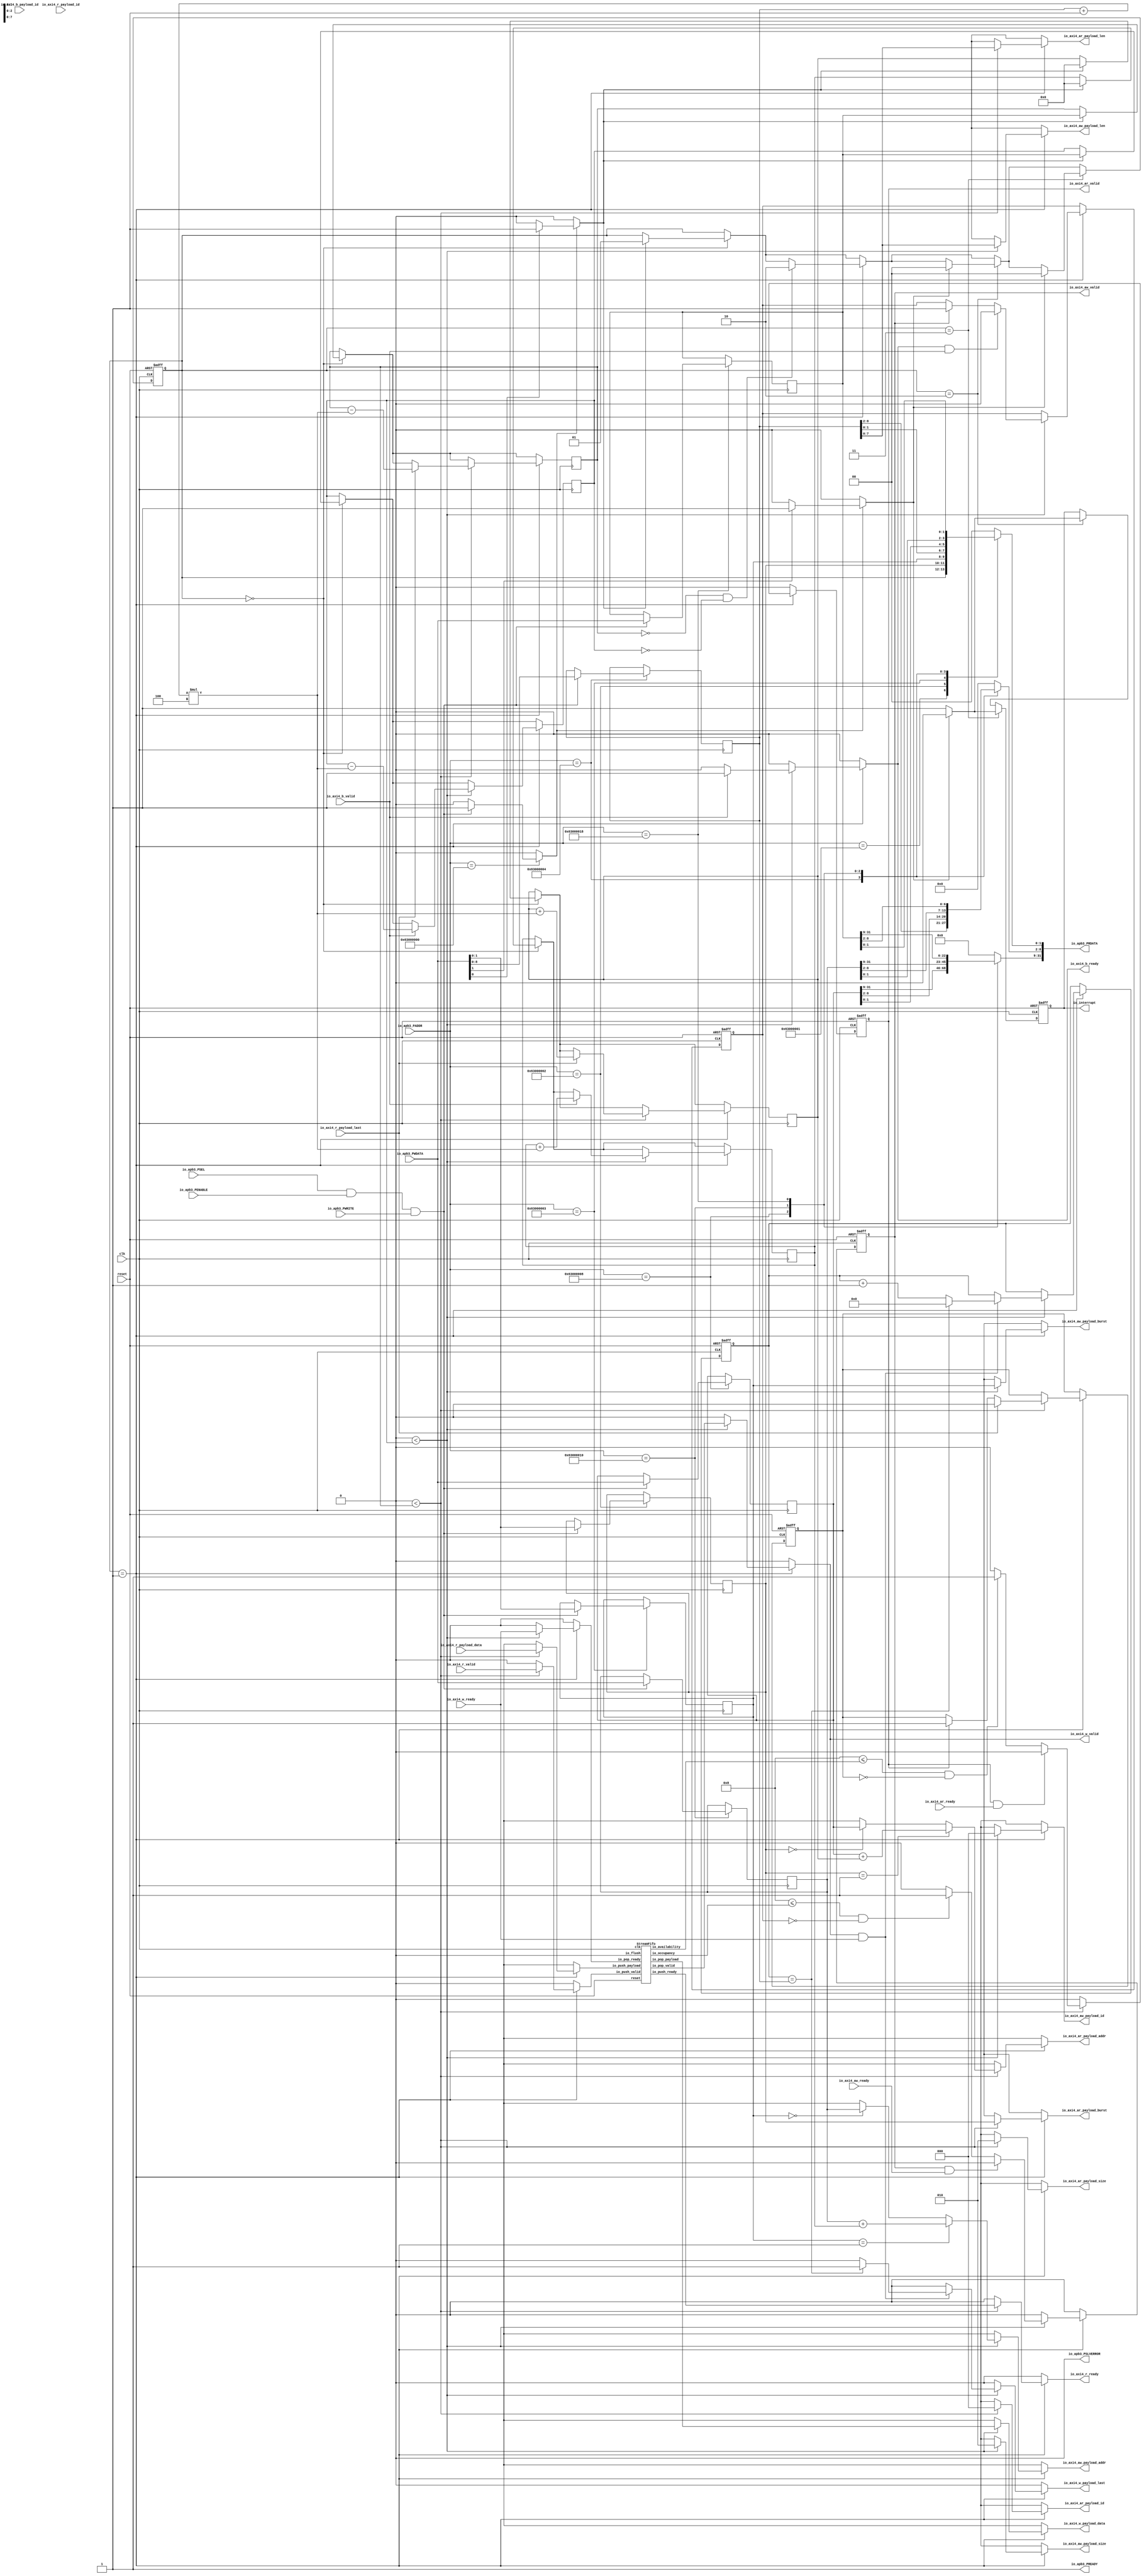
// Generator : SpinalHDL v1.8.1    git head : 2a7592004363e5b40ec43e1f122ed8641cd8965b
// Component : DMA
// Git hash  : e464644612dc5dae2cbb39e43c20b722a99d9827

`timescale 1ns/1ps

module DMA (
  input      [30:0]   io_apb3_PADDR,
  input      [0:0]    io_apb3_PSEL,
  input               io_apb3_PENABLE,
  output              io_apb3_PREADY,
  input               io_apb3_PWRITE,
  input      [31:0]   io_apb3_PWDATA,
  output reg [31:0]   io_apb3_PRDATA,
  output              io_apb3_PSLVERROR,
  output reg          io_axi4_aw_valid,
  input               io_axi4_aw_ready,
  output reg [31:0]   io_axi4_aw_payload_addr,
  output reg [2:0]    io_axi4_aw_payload_id,
  output reg [7:0]    io_axi4_aw_payload_len,
  output reg [2:0]    io_axi4_aw_payload_size,
  output reg [1:0]    io_axi4_aw_payload_burst,
  output reg          io_axi4_w_valid,
  input               io_axi4_w_ready,
  output reg [31:0]   io_axi4_w_payload_data,
  output reg          io_axi4_w_payload_last,
  input               io_axi4_b_valid,
  output reg          io_axi4_b_ready,
  input      [2:0]    io_axi4_b_payload_id,
  output reg          io_axi4_ar_valid,
  input               io_axi4_ar_ready,
  output reg [31:0]   io_axi4_ar_payload_addr,
  output reg [2:0]    io_axi4_ar_payload_id,
  output reg [7:0]    io_axi4_ar_payload_len,
  output reg [2:0]    io_axi4_ar_payload_size,
  output reg [1:0]    io_axi4_ar_payload_burst,
  input               io_axi4_r_valid,
  output reg          io_axi4_r_ready,
  input      [31:0]   io_axi4_r_payload_data,
  input      [2:0]    io_axi4_r_payload_id,
  input               io_axi4_r_payload_last,
  output              io_interrupt,
  input               clk,
  input               reset
);

  reg                 fifo_io_push_valid;
  reg        [31:0]   fifo_io_push_payload;
  reg                 fifo_io_pop_ready;
  wire                fifo_io_push_ready;
  wire                fifo_io_pop_valid;
  wire       [31:0]   fifo_io_pop_payload;
  wire       [6:0]    fifo_io_occupancy;
  wire       [6:0]    fifo_io_availability;
  wire       [31:0]   _zz_reading;
  wire       [11:0]   _zz_reading_1;
  wire       [8:0]    _zz_reading_2;
  wire       [31:0]   _zz_readed;
  wire       [11:0]   _zz_readed_1;
  wire       [8:0]    _zz_readed_2;
  wire       [8:0]    _zz_when_DMA_l143;
  wire       [31:0]   _zz_writing;
  wire       [11:0]   _zz_writing_1;
  wire       [8:0]    _zz_writing_2;
  wire       [31:0]   _zz_writed;
  wire       [11:0]   _zz_writed_1;
  wire       [8:0]    _zz_writed_2;
  wire       [0:0]    _zz_start;
  wire       [0:0]    _zz_clear;
  wire                ctrl_readErrorFlag;
  wire                ctrl_writeErrorFlag;
  wire                ctrl_askWrite;
  wire                ctrl_askRead;
  wire                ctrl_doWrite;
  wire                ctrl_doRead;
  reg        [1:0]    channelState;
  reg                 start;
  reg                 clear;
  reg        [31:0]   source;
  reg        [31:0]   target;
  reg        [31:0]   length;
  reg        [8:0]    len;
  reg        [1:0]    readBurst;
  reg                 readValid;
  reg        [31:0]   reading;
  reg        [31:0]   readed;
  reg        [1:0]    writeBurst;
  reg                 writeValid;
  reg        [31:0]   writing;
  reg        [31:0]   writed;
  reg        [7:0]    counter;
  reg                 interrupt;
  wire                when_DMA_l87;
  wire                when_DMA_l97;
  wire                when_DMA_l99;
  wire                when_DMA_l101;
  wire                when_DMA_l101_1;
  wire                when_DMA_l102;
  wire                when_DMA_l105;
  wire                when_DMA_l123;
  wire                when_DMA_l124;
  wire                when_DMA_l125;
  wire                when_DMA_l125_1;
  wire                when_DMA_l126;
  wire                when_DMA_l129;
  wire                when_DMA_l141;
  wire                when_DMA_l143;
  wire                when_DMA_l157;
  wire                when_DMA_l162;
  wire                when_DMA_l170;
  reg                 when_BusSlaveFactory_l377;
  wire                when_BusSlaveFactory_l379;
  reg                 when_BusSlaveFactory_l377_1;
  wire                when_BusSlaveFactory_l379_1;

  assign _zz_reading_1 = (_zz_reading_2 * 3'b100);
  assign _zz_reading = {20'd0, _zz_reading_1};
  assign _zz_reading_2 = (len + 9'h001);
  assign _zz_readed_1 = (_zz_readed_2 * 3'b100);
  assign _zz_readed = {20'd0, _zz_readed_1};
  assign _zz_readed_2 = (len + 9'h001);
  assign _zz_when_DMA_l143 = {1'd0, counter};
  assign _zz_writing_1 = (_zz_writing_2 * 3'b100);
  assign _zz_writing = {20'd0, _zz_writing_1};
  assign _zz_writing_2 = (len + 9'h001);
  assign _zz_writed_1 = (_zz_writed_2 * 3'b100);
  assign _zz_writed = {20'd0, _zz_writed_1};
  assign _zz_writed_2 = (len + 9'h001);
  assign _zz_start = 1'b1;
  assign _zz_clear = 1'b1;
  StreamFifo fifo (
    .io_push_valid   (fifo_io_push_valid        ), //i
    .io_push_ready   (fifo_io_push_ready        ), //o
    .io_push_payload (fifo_io_push_payload[31:0]), //i
    .io_pop_valid    (fifo_io_pop_valid         ), //o
    .io_pop_ready    (fifo_io_pop_ready         ), //i
    .io_pop_payload  (fifo_io_pop_payload[31:0] ), //o
    .io_flush        (1'b0                      ), //i
    .io_occupancy    (fifo_io_occupancy[6:0]    ), //o
    .io_availability (fifo_io_availability[6:0] ), //o
    .clk             (clk                       ), //i
    .reset           (reset                     )  //i
  );
  always @(*) begin
    io_axi4_aw_payload_addr = 32'bxxxxxxxxxxxxxxxxxxxxxxxxxxxxxxxx;
    if(when_DMA_l97) begin
      if(when_DMA_l123) begin
        if(when_DMA_l126) begin
          io_axi4_aw_payload_addr = target;
        end
        if(when_DMA_l129) begin
          io_axi4_aw_payload_addr = (target + writed);
        end
      end
    end
  end

  always @(*) begin
    io_axi4_aw_payload_id = 3'bxxx;
    if(when_DMA_l97) begin
      if(when_DMA_l123) begin
        io_axi4_aw_payload_id = 3'b000;
      end
    end
  end

  always @(*) begin
    io_axi4_aw_payload_len = 8'bxxxxxxxx;
    if(when_DMA_l97) begin
      if(when_DMA_l123) begin
        io_axi4_aw_payload_len = len[7 : 0];
      end
    end
  end

  always @(*) begin
    io_axi4_aw_payload_size = 3'bxxx;
    if(when_DMA_l97) begin
      if(when_DMA_l123) begin
        io_axi4_aw_payload_size = 3'b010;
      end
    end
  end

  always @(*) begin
    io_axi4_aw_payload_burst = 2'bxx;
    if(when_DMA_l97) begin
      if(when_DMA_l123) begin
        io_axi4_aw_payload_burst = writeBurst;
      end
    end
  end

  always @(*) begin
    io_axi4_w_valid = 1'b0;
    if(when_DMA_l97) begin
      if(when_DMA_l123) begin
        io_axi4_w_valid = fifo_io_pop_valid;
      end
    end
  end

  always @(*) begin
    io_axi4_w_payload_data = 32'bxxxxxxxxxxxxxxxxxxxxxxxxxxxxxxxx;
    if(when_DMA_l97) begin
      if(when_DMA_l123) begin
        io_axi4_w_payload_data = fifo_io_pop_payload;
      end
    end
  end

  always @(*) begin
    io_axi4_w_payload_last = 1'bx;
    io_axi4_w_payload_last = 1'b0;
    if(when_DMA_l97) begin
      if(when_DMA_l123) begin
        if(when_DMA_l141) begin
          if(when_DMA_l143) begin
            io_axi4_w_payload_last = 1'b1;
          end
        end
      end
    end
  end

  always @(*) begin
    io_axi4_b_ready = 1'b0;
    if(when_DMA_l97) begin
      if(when_DMA_l123) begin
        if(io_axi4_b_valid) begin
          io_axi4_b_ready = 1'b1;
        end
      end
    end
  end

  always @(*) begin
    io_axi4_ar_payload_addr = 32'bxxxxxxxxxxxxxxxxxxxxxxxxxxxxxxxx;
    if(when_DMA_l97) begin
      if(when_DMA_l99) begin
        if(when_DMA_l102) begin
          io_axi4_ar_payload_addr = source;
        end
        if(when_DMA_l105) begin
          io_axi4_ar_payload_addr = (source + readed);
        end
      end
    end
  end

  always @(*) begin
    io_axi4_ar_payload_id = 3'bxxx;
    if(when_DMA_l97) begin
      if(when_DMA_l99) begin
        io_axi4_ar_payload_id = 3'b000;
      end
    end
  end

  always @(*) begin
    io_axi4_ar_payload_len = 8'bxxxxxxxx;
    if(when_DMA_l97) begin
      if(when_DMA_l99) begin
        io_axi4_ar_payload_len = len[7 : 0];
      end
    end
  end

  always @(*) begin
    io_axi4_ar_payload_size = 3'bxxx;
    if(when_DMA_l97) begin
      if(when_DMA_l99) begin
        io_axi4_ar_payload_size = 3'b010;
      end
    end
  end

  always @(*) begin
    io_axi4_ar_payload_burst = 2'bxx;
    if(when_DMA_l97) begin
      if(when_DMA_l99) begin
        io_axi4_ar_payload_burst = readBurst;
      end
    end
  end

  always @(*) begin
    io_axi4_r_ready = 1'b0;
    if(when_DMA_l97) begin
      if(when_DMA_l99) begin
        io_axi4_r_ready = fifo_io_push_ready;
      end
    end
  end

  assign ctrl_readErrorFlag = 1'b0;
  assign ctrl_writeErrorFlag = 1'b0;
  assign io_apb3_PREADY = 1'b1;
  always @(*) begin
    io_apb3_PRDATA = 32'h0;
    case(io_apb3_PADDR)
      31'h63000001 : begin
        io_apb3_PRDATA[1 : 0] = channelState;
      end
      31'h63000002 : begin
        io_apb3_PRDATA[1 : 0] = readBurst;
      end
      31'h63000003 : begin
        io_apb3_PRDATA[1 : 0] = writeBurst;
      end
      31'h63000004 : begin
        io_apb3_PRDATA[8 : 0] = len;
      end
      31'h63000008 : begin
        io_apb3_PRDATA[31 : 0] = source;
      end
      31'h63000010 : begin
        io_apb3_PRDATA[31 : 0] = target;
      end
      31'h63000018 : begin
        io_apb3_PRDATA[31 : 0] = length;
      end
      default : begin
      end
    endcase
  end

  assign ctrl_askWrite = ((io_apb3_PSEL[0] && io_apb3_PENABLE) && io_apb3_PWRITE);
  assign ctrl_askRead = ((io_apb3_PSEL[0] && io_apb3_PENABLE) && (! io_apb3_PWRITE));
  assign ctrl_doWrite = (((io_apb3_PSEL[0] && io_apb3_PENABLE) && io_apb3_PREADY) && io_apb3_PWRITE);
  assign ctrl_doRead = (((io_apb3_PSEL[0] && io_apb3_PENABLE) && io_apb3_PREADY) && (! io_apb3_PWRITE));
  assign io_apb3_PSLVERROR = ((ctrl_doWrite && ctrl_writeErrorFlag) || (ctrl_doRead && ctrl_readErrorFlag));
  always @(*) begin
    start = 1'b0;
    if(when_BusSlaveFactory_l377) begin
      if(when_BusSlaveFactory_l379) begin
        start = _zz_start[0];
      end
    end
  end

  always @(*) begin
    clear = 1'b0;
    if(when_BusSlaveFactory_l377_1) begin
      if(when_BusSlaveFactory_l379_1) begin
        clear = _zz_clear[0];
      end
    end
  end

  always @(*) begin
    fifo_io_push_valid = 1'b0;
    if(when_DMA_l97) begin
      if(when_DMA_l99) begin
        fifo_io_push_valid = io_axi4_r_valid;
      end
    end
  end

  always @(*) begin
    fifo_io_push_payload = 32'bxxxxxxxxxxxxxxxxxxxxxxxxxxxxxxxx;
    if(when_DMA_l97) begin
      if(when_DMA_l99) begin
        fifo_io_push_payload = io_axi4_r_payload_data;
      end
    end
  end

  always @(*) begin
    fifo_io_pop_ready = 1'b0;
    if(when_DMA_l97) begin
      if(when_DMA_l123) begin
        fifo_io_pop_ready = io_axi4_w_ready;
      end
    end
  end

  assign when_DMA_l87 = (channelState == 2'b00);
  assign when_DMA_l97 = (channelState == 2'b01);
  assign when_DMA_l99 = (32'h0 < reading);
  assign when_DMA_l101 = ((7'h08 <= fifo_io_availability) && (! readValid));
  assign when_DMA_l101_1 = (io_axi4_ar_valid && io_axi4_ar_ready);
  assign when_DMA_l102 = (readBurst == 2'b00);
  assign when_DMA_l105 = (readBurst == 2'b01);
  assign when_DMA_l123 = (32'h0 < writing);
  assign when_DMA_l124 = (io_axi4_b_ready && io_axi4_b_valid);
  assign when_DMA_l125 = ((7'h08 <= fifo_io_occupancy) && (! writeValid));
  assign when_DMA_l125_1 = (io_axi4_aw_valid && io_axi4_aw_ready);
  assign when_DMA_l126 = (writeBurst == 2'b00);
  assign when_DMA_l129 = (writeBurst == 2'b01);
  assign when_DMA_l141 = (io_axi4_w_valid && io_axi4_w_ready);
  assign when_DMA_l143 = (_zz_when_DMA_l143 == len);
  assign when_DMA_l157 = ((reading == 32'h0) && (writing == 32'h0));
  assign when_DMA_l162 = (channelState == 2'b10);
  assign when_DMA_l170 = (channelState == 2'b11);
  assign io_interrupt = interrupt;
  always @(*) begin
    when_BusSlaveFactory_l377 = 1'b0;
    case(io_apb3_PADDR)
      31'h63000000 : begin
        if(ctrl_doWrite) begin
          when_BusSlaveFactory_l377 = 1'b1;
        end
      end
      default : begin
      end
    endcase
  end

  assign when_BusSlaveFactory_l379 = io_apb3_PWDATA[0];
  always @(*) begin
    when_BusSlaveFactory_l377_1 = 1'b0;
    case(io_apb3_PADDR)
      31'h63000000 : begin
        if(ctrl_doWrite) begin
          when_BusSlaveFactory_l377_1 = 1'b1;
        end
      end
      default : begin
      end
    endcase
  end

  assign when_BusSlaveFactory_l379_1 = io_apb3_PWDATA[1];
  always @(posedge clk or posedge reset) begin
    if(reset) begin
      io_axi4_ar_valid <= 1'b0;
      io_axi4_aw_valid <= 1'b0;
      channelState <= 2'b00;
      readValid <= 1'b0;
      writeValid <= 1'b0;
      counter <= 8'h0;
      interrupt <= 1'b0;
    end else begin
      io_axi4_aw_valid <= 1'b0;
      io_axi4_ar_valid <= 1'b0;
      if(when_DMA_l87) begin
        if(start) begin
          channelState <= 2'b01;
        end
      end
      if(when_DMA_l97) begin
        if(when_DMA_l99) begin
          if(io_axi4_ar_valid) begin
            readValid <= 1'b1;
          end
          if(io_axi4_r_payload_last) begin
            readValid <= 1'b0;
          end
          if(when_DMA_l101) begin
            io_axi4_ar_valid <= 1'b1;
          end
          if(when_DMA_l101_1) begin
            io_axi4_ar_valid <= 1'b0;
          end
        end
        if(when_DMA_l123) begin
          if(io_axi4_aw_valid) begin
            writeValid <= 1'b1;
          end
          if(when_DMA_l124) begin
            writeValid <= 1'b0;
          end
          if(when_DMA_l125) begin
            io_axi4_aw_valid <= 1'b1;
          end
          if(when_DMA_l125_1) begin
            io_axi4_aw_valid <= 1'b0;
          end
          if(when_DMA_l141) begin
            counter <= (counter + 8'h01);
            if(when_DMA_l143) begin
              counter <= 8'h0;
            end
          end
        end
        if(when_DMA_l157) begin
          channelState <= 2'b10;
        end
      end
      if(when_DMA_l162) begin
        interrupt <= 1'b1;
        if(clear) begin
          channelState <= 2'b00;
          interrupt <= 1'b0;
        end
      end
      if(when_DMA_l170) begin
        interrupt <= 1'b1;
        if(clear) begin
          channelState <= 2'b00;
          interrupt <= 1'b0;
        end
      end
    end
  end

  always @(posedge clk) begin
    if(when_DMA_l87) begin
      if(start) begin
        reading <= length;
        readed <= 32'h0;
        writing <= length;
        writed <= 32'h0;
      end
    end
    if(when_DMA_l97) begin
      if(when_DMA_l99) begin
        if(io_axi4_r_payload_last) begin
          reading <= (reading - _zz_reading);
          readed <= (readed + _zz_readed);
        end
      end
      if(when_DMA_l123) begin
        if(io_axi4_b_valid) begin
          writing <= (writing - _zz_writing);
          writed <= (writed + _zz_writed);
        end
      end
    end
    case(io_apb3_PADDR)
      31'h63000002 : begin
        if(ctrl_doWrite) begin
          readBurst <= io_apb3_PWDATA[1 : 0];
        end
      end
      31'h63000003 : begin
        if(ctrl_doWrite) begin
          writeBurst <= io_apb3_PWDATA[1 : 0];
        end
      end
      31'h63000004 : begin
        if(ctrl_doWrite) begin
          len <= io_apb3_PWDATA[8 : 0];
        end
      end
      31'h63000008 : begin
        if(ctrl_doWrite) begin
          source <= io_apb3_PWDATA[31 : 0];
        end
      end
      31'h63000010 : begin
        if(ctrl_doWrite) begin
          target <= io_apb3_PWDATA[31 : 0];
        end
      end
      31'h63000018 : begin
        if(ctrl_doWrite) begin
          length <= io_apb3_PWDATA[31 : 0];
        end
      end
      default : begin
      end
    endcase
  end


endmodule

module StreamFifo (
  input               io_push_valid,
  output              io_push_ready,
  input      [31:0]   io_push_payload,
  output              io_pop_valid,
  input               io_pop_ready,
  output     [31:0]   io_pop_payload,
  input               io_flush,
  output     [6:0]    io_occupancy,
  output     [6:0]    io_availability,
  input               clk,
  input               reset
);

  reg        [31:0]   _zz_logic_ram_port0;
  wire       [5:0]    _zz_logic_pushPtr_valueNext;
  wire       [0:0]    _zz_logic_pushPtr_valueNext_1;
  wire       [5:0]    _zz_logic_popPtr_valueNext;
  wire       [0:0]    _zz_logic_popPtr_valueNext_1;
  wire                _zz_logic_ram_port;
  wire                _zz_io_pop_payload;
  wire       [5:0]    _zz_io_availability;
  reg                 _zz_1;
  reg                 logic_pushPtr_willIncrement;
  reg                 logic_pushPtr_willClear;
  reg        [5:0]    logic_pushPtr_valueNext;
  reg        [5:0]    logic_pushPtr_value;
  wire                logic_pushPtr_willOverflowIfInc;
  wire                logic_pushPtr_willOverflow;
  reg                 logic_popPtr_willIncrement;
  reg                 logic_popPtr_willClear;
  reg        [5:0]    logic_popPtr_valueNext;
  reg        [5:0]    logic_popPtr_value;
  wire                logic_popPtr_willOverflowIfInc;
  wire                logic_popPtr_willOverflow;
  wire                logic_ptrMatch;
  reg                 logic_risingOccupancy;
  wire                logic_pushing;
  wire                logic_popping;
  wire                logic_empty;
  wire                logic_full;
  reg                 _zz_io_pop_valid;
  wire                when_Stream_l1122;
  wire       [5:0]    logic_ptrDif;
  reg [31:0] logic_ram [0:63];

  assign _zz_logic_pushPtr_valueNext_1 = logic_pushPtr_willIncrement;
  assign _zz_logic_pushPtr_valueNext = {5'd0, _zz_logic_pushPtr_valueNext_1};
  assign _zz_logic_popPtr_valueNext_1 = logic_popPtr_willIncrement;
  assign _zz_logic_popPtr_valueNext = {5'd0, _zz_logic_popPtr_valueNext_1};
  assign _zz_io_availability = (logic_popPtr_value - logic_pushPtr_value);
  assign _zz_io_pop_payload = 1'b1;
  always @(posedge clk) begin
    if(_zz_io_pop_payload) begin
      _zz_logic_ram_port0 <= logic_ram[logic_popPtr_valueNext];
    end
  end

  always @(posedge clk) begin
    if(_zz_1) begin
      logic_ram[logic_pushPtr_value] <= io_push_payload;
    end
  end

  always @(*) begin
    _zz_1 = 1'b0;
    if(logic_pushing) begin
      _zz_1 = 1'b1;
    end
  end

  always @(*) begin
    logic_pushPtr_willIncrement = 1'b0;
    if(logic_pushing) begin
      logic_pushPtr_willIncrement = 1'b1;
    end
  end

  always @(*) begin
    logic_pushPtr_willClear = 1'b0;
    if(io_flush) begin
      logic_pushPtr_willClear = 1'b1;
    end
  end

  assign logic_pushPtr_willOverflowIfInc = (logic_pushPtr_value == 6'h3f);
  assign logic_pushPtr_willOverflow = (logic_pushPtr_willOverflowIfInc && logic_pushPtr_willIncrement);
  always @(*) begin
    logic_pushPtr_valueNext = (logic_pushPtr_value + _zz_logic_pushPtr_valueNext);
    if(logic_pushPtr_willClear) begin
      logic_pushPtr_valueNext = 6'h0;
    end
  end

  always @(*) begin
    logic_popPtr_willIncrement = 1'b0;
    if(logic_popping) begin
      logic_popPtr_willIncrement = 1'b1;
    end
  end

  always @(*) begin
    logic_popPtr_willClear = 1'b0;
    if(io_flush) begin
      logic_popPtr_willClear = 1'b1;
    end
  end

  assign logic_popPtr_willOverflowIfInc = (logic_popPtr_value == 6'h3f);
  assign logic_popPtr_willOverflow = (logic_popPtr_willOverflowIfInc && logic_popPtr_willIncrement);
  always @(*) begin
    logic_popPtr_valueNext = (logic_popPtr_value + _zz_logic_popPtr_valueNext);
    if(logic_popPtr_willClear) begin
      logic_popPtr_valueNext = 6'h0;
    end
  end

  assign logic_ptrMatch = (logic_pushPtr_value == logic_popPtr_value);
  assign logic_pushing = (io_push_valid && io_push_ready);
  assign logic_popping = (io_pop_valid && io_pop_ready);
  assign logic_empty = (logic_ptrMatch && (! logic_risingOccupancy));
  assign logic_full = (logic_ptrMatch && logic_risingOccupancy);
  assign io_push_ready = (! logic_full);
  assign io_pop_valid = ((! logic_empty) && (! (_zz_io_pop_valid && (! logic_full))));
  assign io_pop_payload = _zz_logic_ram_port0;
  assign when_Stream_l1122 = (logic_pushing != logic_popping);
  assign logic_ptrDif = (logic_pushPtr_value - logic_popPtr_value);
  assign io_occupancy = {(logic_risingOccupancy && logic_ptrMatch),logic_ptrDif};
  assign io_availability = {((! logic_risingOccupancy) && logic_ptrMatch),_zz_io_availability};
  always @(posedge clk or posedge reset) begin
    if(reset) begin
      logic_pushPtr_value <= 6'h0;
      logic_popPtr_value <= 6'h0;
      logic_risingOccupancy <= 1'b0;
      _zz_io_pop_valid <= 1'b0;
    end else begin
      logic_pushPtr_value <= logic_pushPtr_valueNext;
      logic_popPtr_value <= logic_popPtr_valueNext;
      _zz_io_pop_valid <= (logic_popPtr_valueNext == logic_pushPtr_value);
      if(when_Stream_l1122) begin
        logic_risingOccupancy <= logic_pushing;
      end
      if(io_flush) begin
        logic_risingOccupancy <= 1'b0;
      end
    end
  end


endmodule